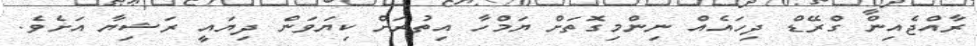
ރާއްޖެއިން ގްރޭޑް ދިހައެއް ނިންމިގޮތަށް ޔަމްހާ އިތުރަށް ކިޔަވަން ދިޔައީ ރަޝިޔާ އަށެވެ.